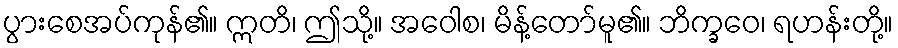
ပွားစေအပ်ကုန်၏။ ဣတိ၊ ဤသို့။ အဝေါစ၊ မိန့်တော်မူ၏။ ဘိက္ခဝေ၊ ရဟန်းတို့။